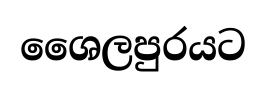
ශෛලපුරයට